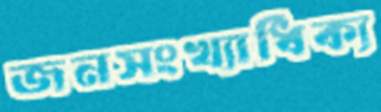
জনসংখ্যাধিক্য